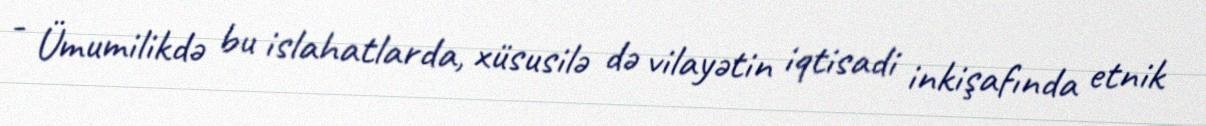
- Ümumilikdə bu islahatlarda, xüsusilə də vilayətin iqtisadi inkişafında etnik